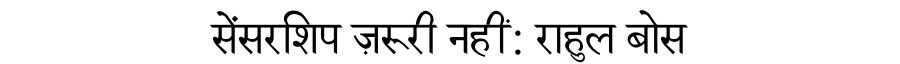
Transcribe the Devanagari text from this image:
सेंसरशिप ज़रूरी नहीं: राहुल बोस